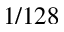
1 / 1 2 8